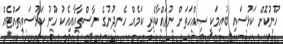
ހޫނުކޮށް ކަޅުސައި ބުއިމަކީ ޞިއްހަތަށް ނުރައްކާތެރި ކަމެއް ހެނދުނުގެ ނާސްތާއާއިއެކު ހޫނު ކަޅުސައިތައްޓެއް